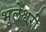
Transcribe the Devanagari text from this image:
भुलेश्वरी